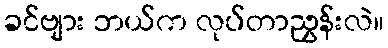
ခင်ဗျား ဘယ်က လုပ်တာညွှန်းလဲ။